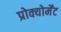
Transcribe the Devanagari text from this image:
प्रोक्योर्मेंट